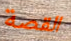
القصة